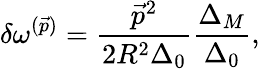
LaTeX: \delta\omega^{(\vec{p})}=\frac{\vec{p}^{2}}{2R^{2}\Delta_{0}}\frac{\Delta_{M}}{\Delta_{0}},